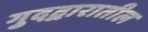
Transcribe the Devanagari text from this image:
गुदद्वारातील